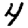
Digit: 4